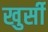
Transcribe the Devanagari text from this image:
खुर्सी